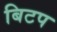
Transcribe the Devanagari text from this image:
बिटप